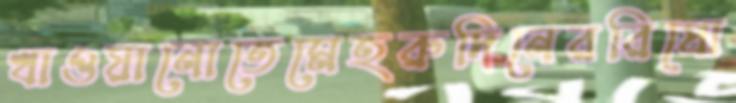
খাওয়ানোতেমেহরুদিনেররিপ্রো